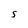
Character: S